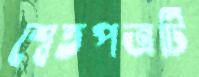
শ্বেতপত্রটি